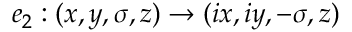
e _ { 2 } : ( x , y , \sigma , z ) \to ( i x , i y , - \sigma , z )